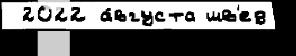
 2022 а́вгуста шв'ед